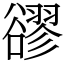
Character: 豂